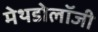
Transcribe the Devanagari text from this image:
मेथडोलॉजी